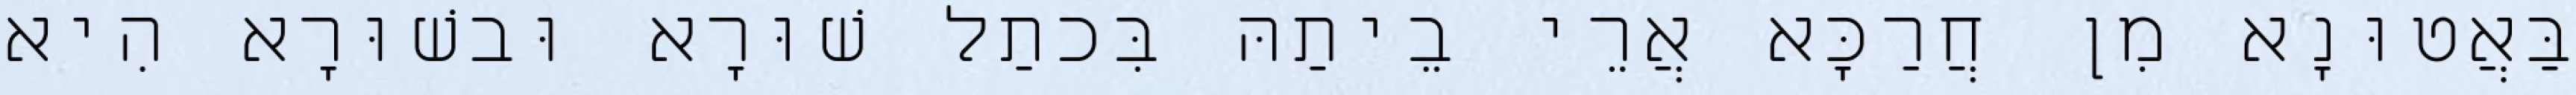
בַּאֲטוּנָא מִן חֲרַכָּא אֲרֵי בֵיתַהּ בִּכתַל שׁוּרָא וּבשׁוּרָא הִיא